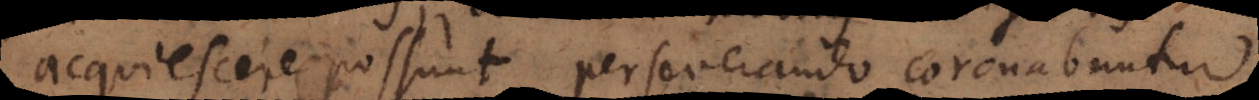
acquiescere possunt, perseverando coronabuntur.